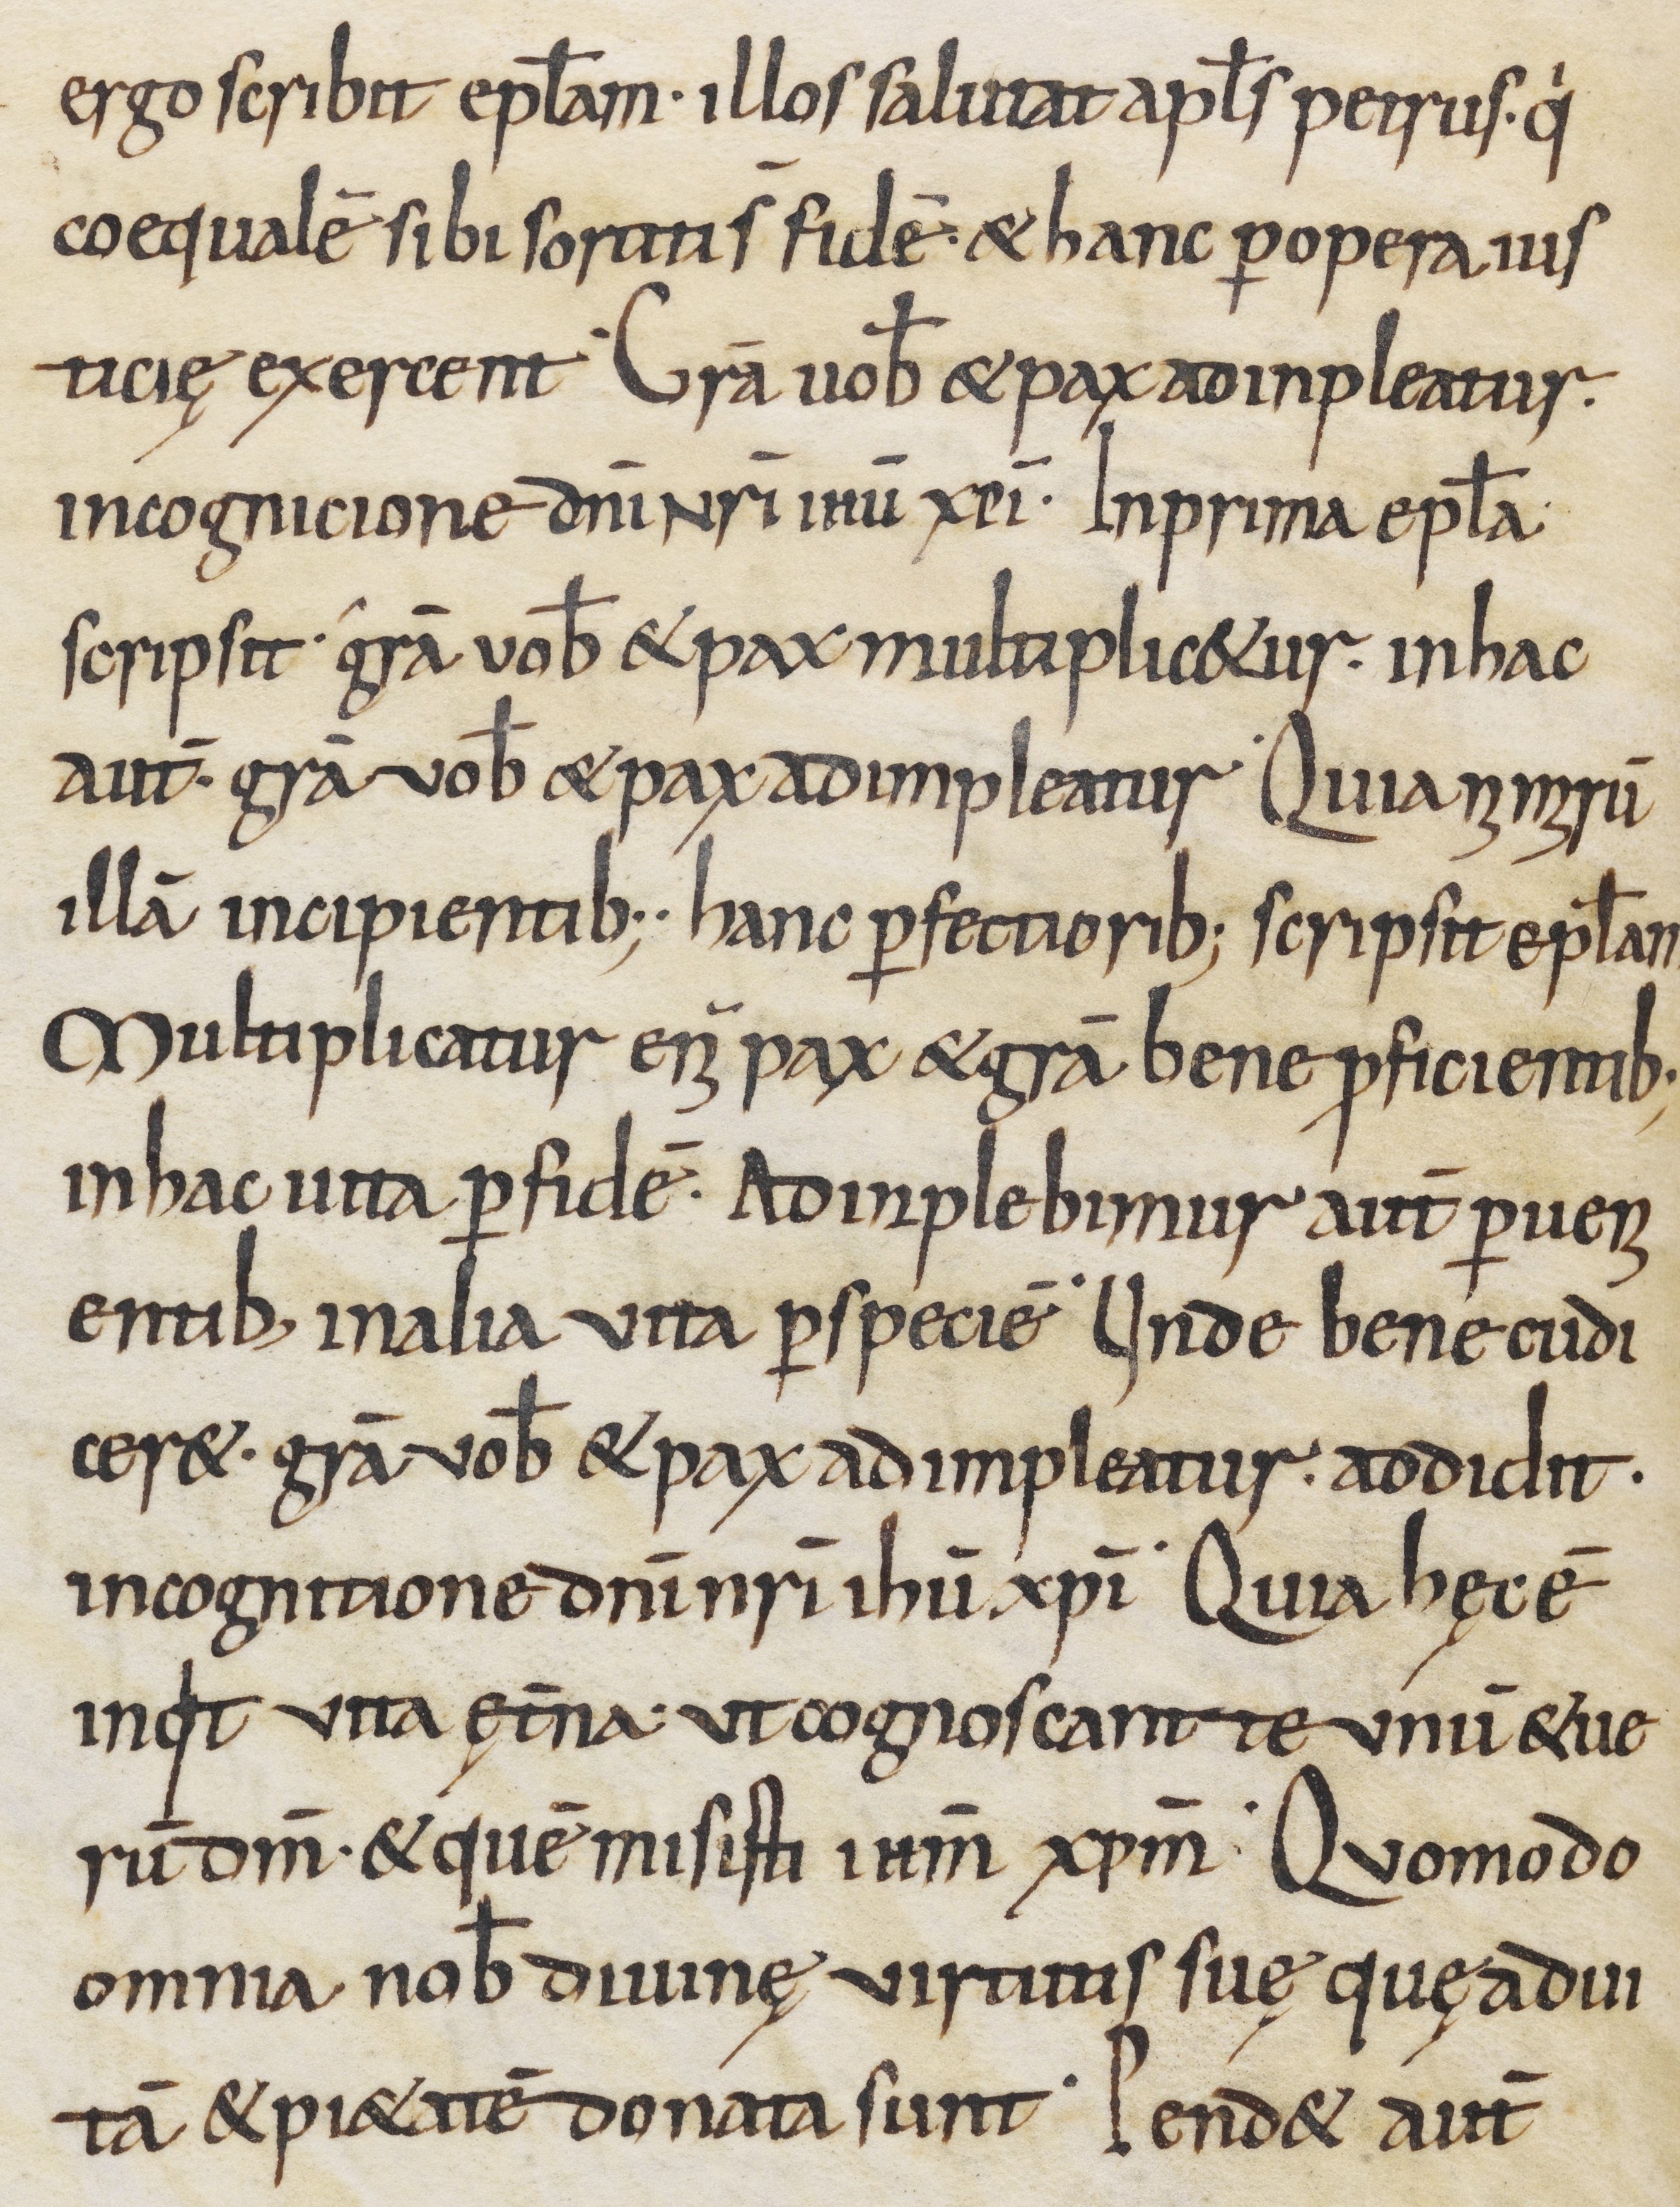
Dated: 800–999